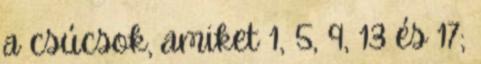
a csúcsok, amiket 1, 5, 9, 13 és 17;